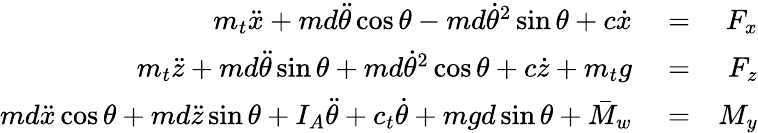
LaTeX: \begin{array}{rlr}{m_{t}\ddot{x}+md\ddot{\theta}\cos\theta-md\dot{\theta}^{2}\sin\theta+c\dot{x}}&{{}=}&{F_{x}}\\ {m_{t}\ddot{z}+md\ddot{\theta}\sin\theta+md\dot{\theta}^{2}\cos\theta+c\dot{z}+m_{t}g}&{{}=}&{F_{z}}\\ {md\ddot{x}\cos\theta+md\ddot{z}\sin\theta+I_{A}\ddot{\theta}+c_{t}\dot{\theta}+mgd\sin\theta+\bar{M}_{w}}&{{}=}&{M_{y}}\end{array}